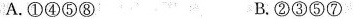
A. ①④⑤⑧ B. ②③⑤⑦